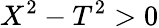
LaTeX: X^{2}-T^{2}>0